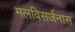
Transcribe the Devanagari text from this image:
मलविसर्जनास